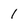
Character: 1